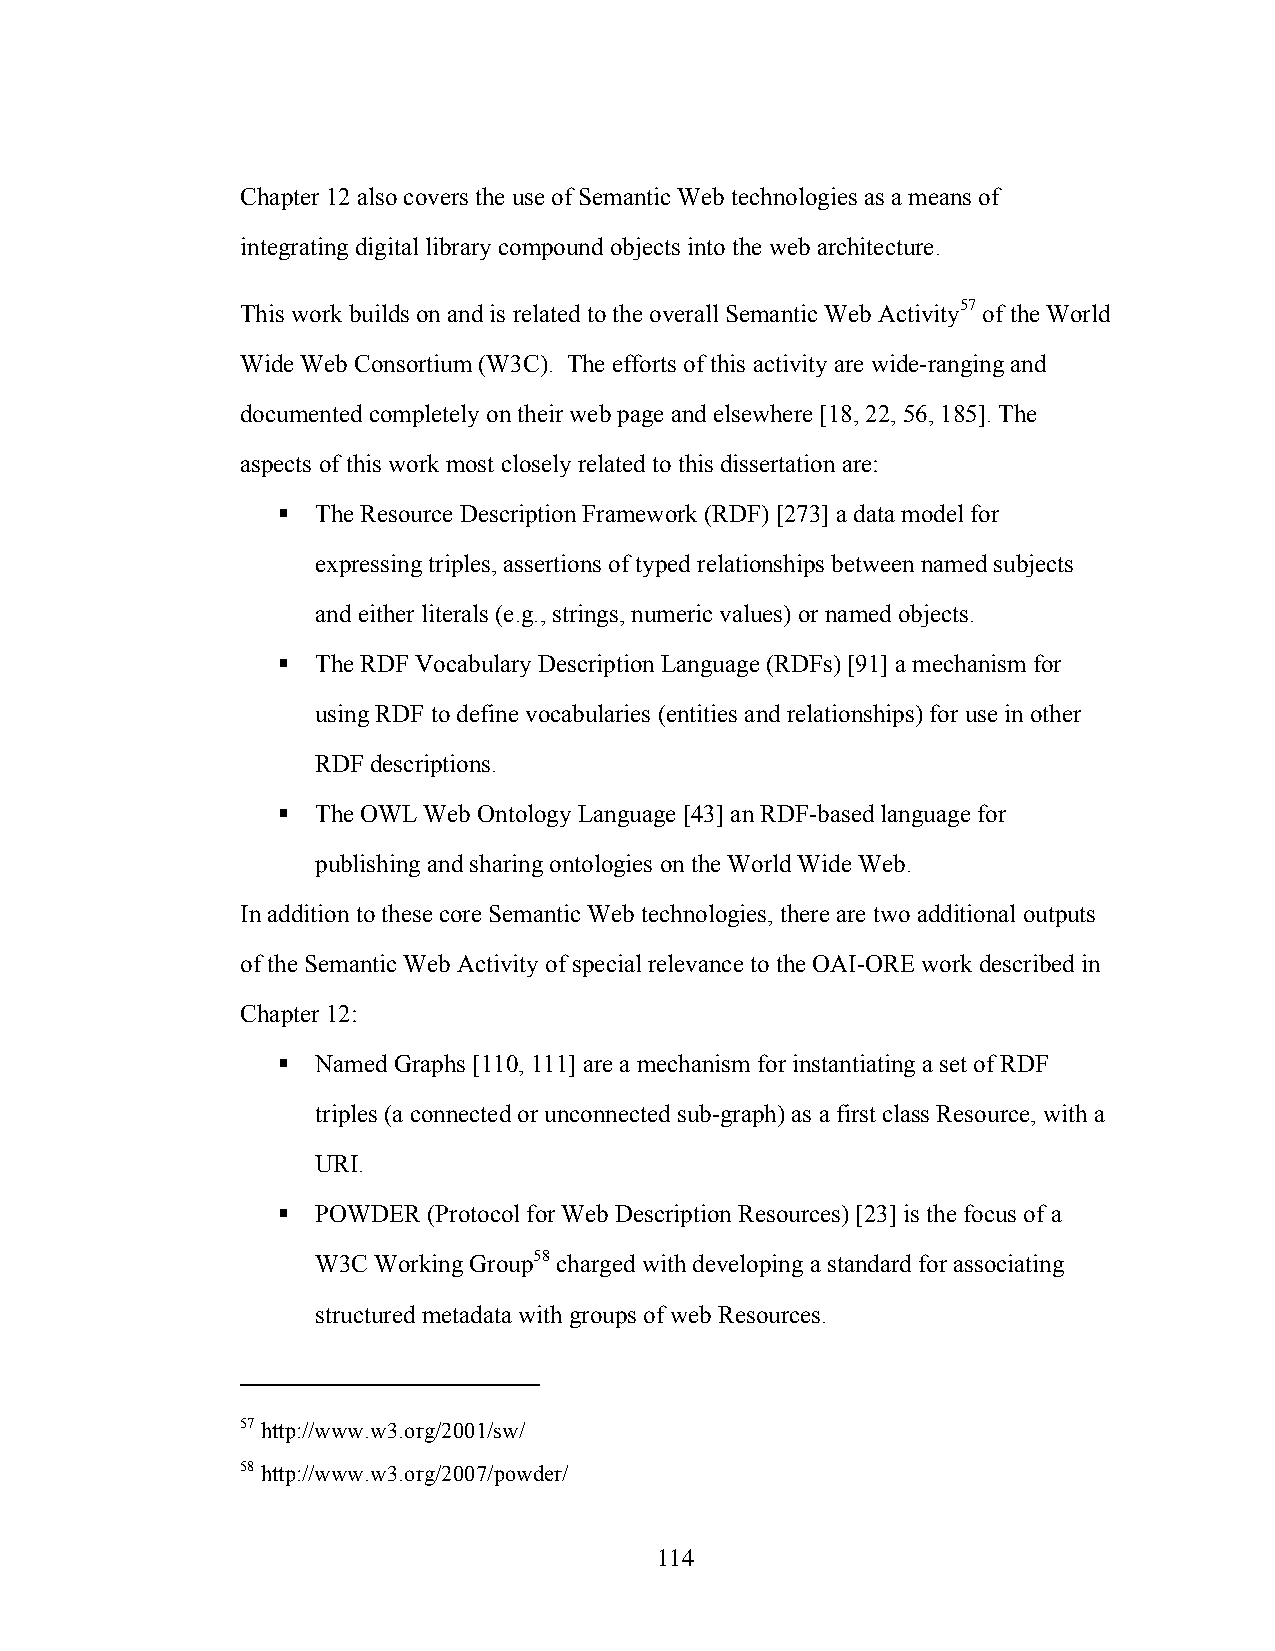
Chapter 12 also covers the use of Semantic Web technologies as a means of
 integrating digital library compound objects into the web architecture.
 This work builds on and is related to the overall Semantic Web Activity57 of the World
 Wide Web Consortium (W3C). The efforts of this activity are wide-ranging and
 documented completely on their web page and elsewhere [18, 22, 56, 185]. The
 aspects of this work most closely related to this dissertation are:
   The Resource Description Framework (RDF) [273] a data model for
 expressing triples, assertions of typed relationships between named subjects
 and either literals (e.g., strings, numeric values) or named objects.
   The RDF Vocabulary Description Language (RDFs) [91] a mechanism for
 using RDF to define vocabularies (entities and relationships) for use in other
 RDF descriptions.
   The OWL Web Ontology Language [43] an RDF-based language for
 publishing and sharing ontologies on the World Wide Web.
 In addition to these core Semantic Web technologies, there are two additional outputs
 of the Semantic Web Activity of special relevance to the OAI-ORE work described in
 Chapter 12:
   Named Graphs [110, 111] are a mechanism for instantiating a set of RDF
 triples (a connected or unconnected sub-graph) as a first class Resource, with a
 URI.
   POWDER (Protocol for Web Description Resources) [23] is the focus of a
 W3C Working Group58 charged with developing a standard for associating
 structured metadata with groups of web Resources.
 57 http://www.w3.org/2001/sw/
 58 http://www.w3.org/2007/powder/
 114